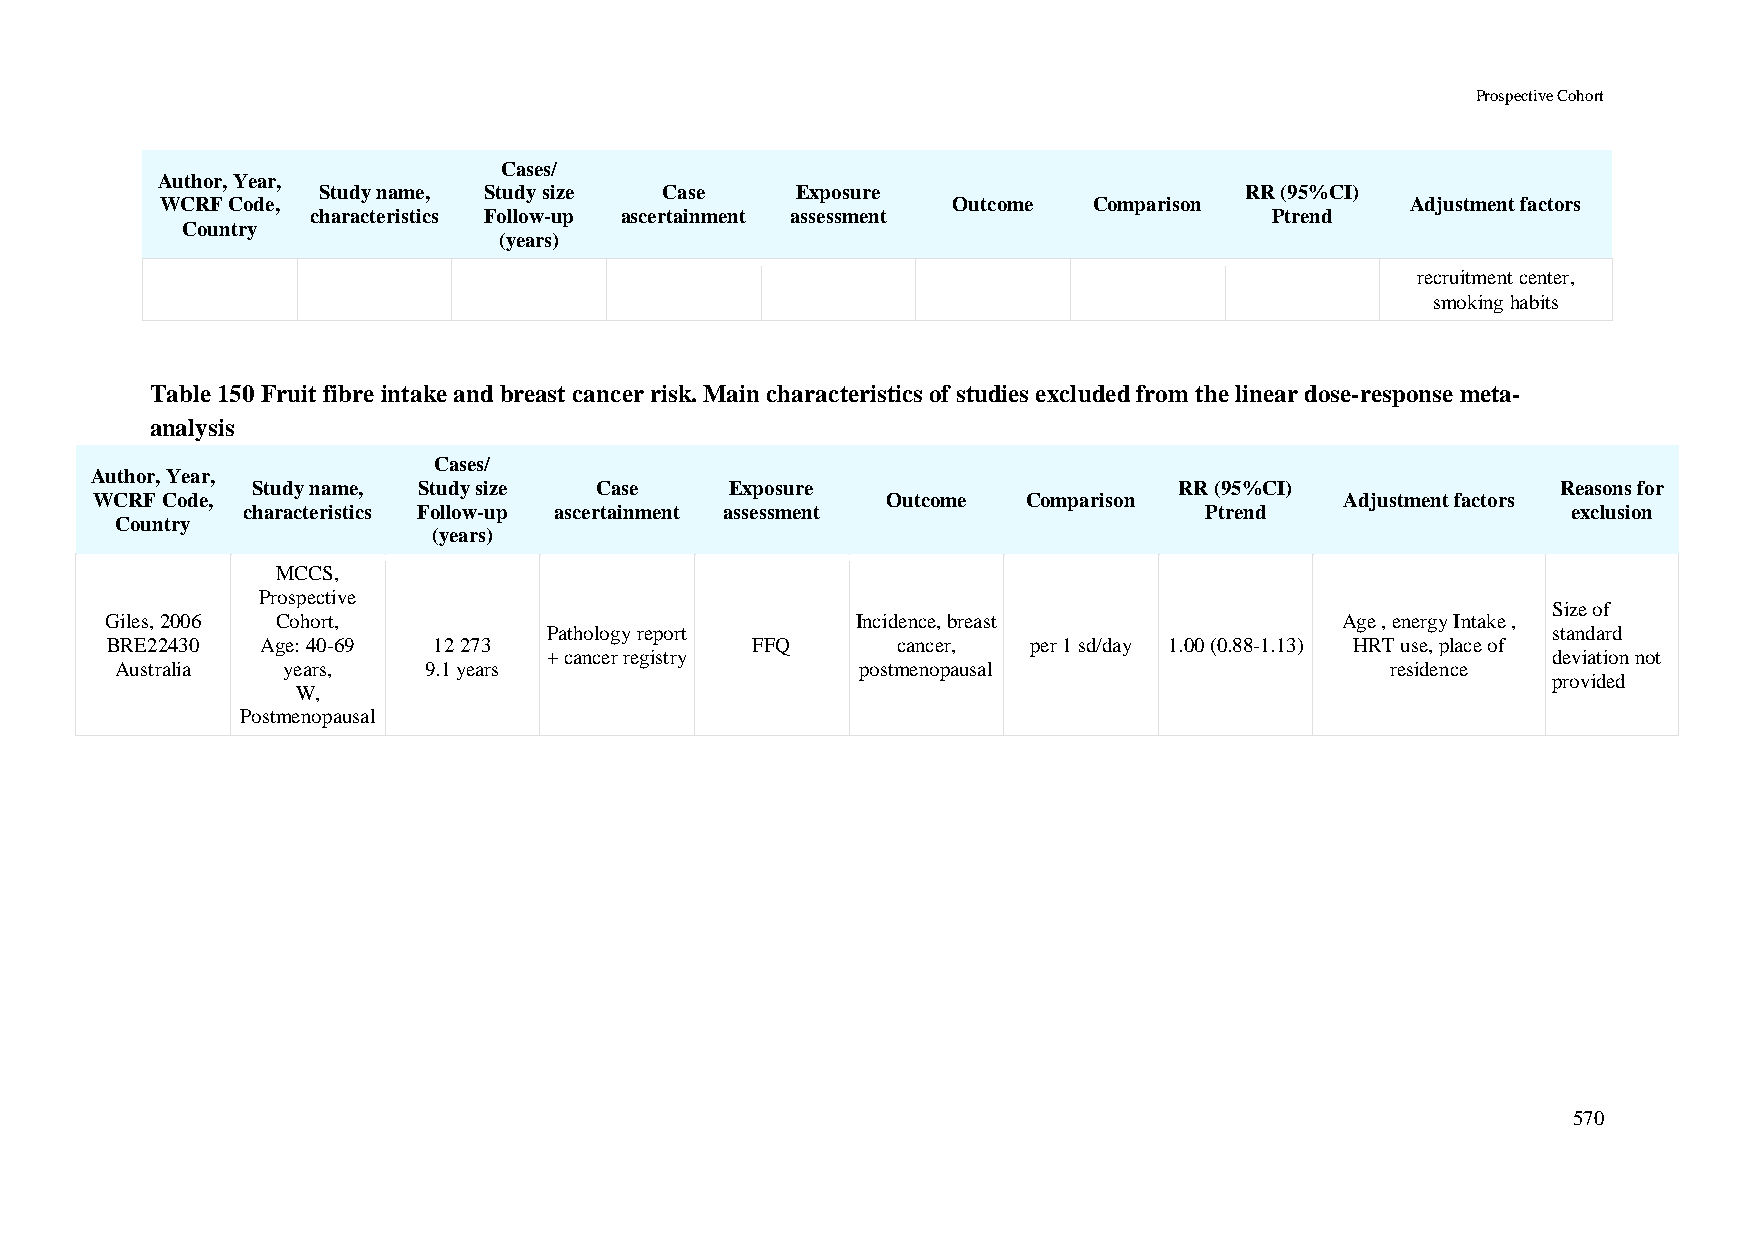
Prospective Cohort
 Cases/
 Author, Year,
 Study name, Study size Case     Exposure                     RR (95%CI)
 WCRF Code,                                          Outcome  Comparison           Adjustment factors
 characteristics Follow-up ascertainment assessment             Ptrend
 Country
 (years)
 recruitment center,
 smoking habits
 Table 150 Fruit fibre intake and breast cancer risk. Main characteristics of studies excluded from the linear dose-response meta-
 analysis
 Cases/
 Author, Year,
 Study name, Study size Case    Exposure                      RR (95%CI)               Reasons for
 WCRF Code,                                           Outcome  Comparison           Adjustment factors
 characteristics Follow-up ascertainment assessment              Ptrend                  exclusion
 Country
 (years)
 MCCS,
 Prospective
 Size of
 Giles, 2006 Cohort,                               Incidence, breast               Age , energy Intake ,
 Pathology report                                                   standard
 BRE22430  Age: 40-69  12 273               FFQ      cancer,  per 1 sd/day 1.00 (0.88-1.13) HRT use, place of
 + cancer registry                                                  deviation not
 Australia  years,   9.1 years                    postmenopausal                     residence
 provided
 W,
 Postmenopausal
 570